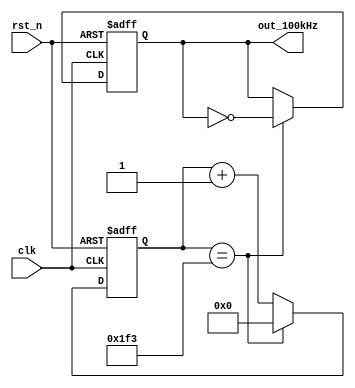
module clock_100kHz(clk,rst_n,out_100kHz);
    
input clk,rst_n;
output reg out_100kHz;
    
reg [15:0] counter;
    
always @ (posedge clk or negedge rst_n)
    if (!rst_n)
        begin
            out_100kHz <= 0;
            counter <= 0;
        end
    else
        if (counter == 16'd499) //clk=100MHz
            begin
                out_100kHz <= !out_100kHz;
                counter <= 0;
            end
        else 
            begin
                out_100kHz <= out_100kHz;
                counter <= counter + 1;
            end
            
endmodule